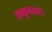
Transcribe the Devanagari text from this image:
तन्तुमयता।